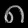
Digit: ၈